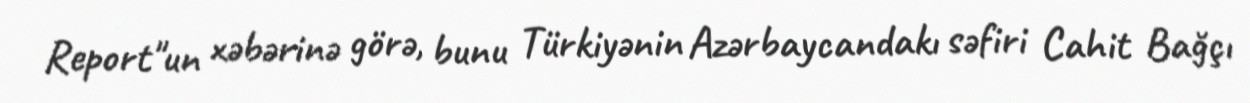
Report"un xəbərinə görə, bunu Türkiyənin Azərbaycandakı səfiri Cahit Bağçı